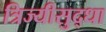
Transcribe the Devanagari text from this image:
त्रिज्यीसुद्धा